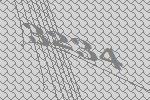
3234